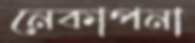
নেকাপনা